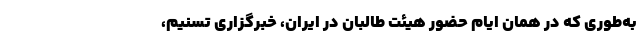
به‌طوری که در همان ایام حضور هیئت طالبان در ایران، خبرگزاری تسنیم،